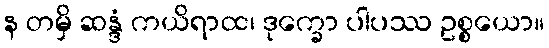
န တမှိ ဆန္ဒံ ကယိရာထ၊ ဒုက္ခော ပါပဿ ဥစ္စယော။